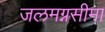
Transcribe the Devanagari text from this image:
जलमग्नसीमा